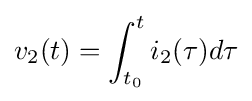
v_{2}(t)=\int _{t_{0}}^{t}i_{2}(\tau )d\tau